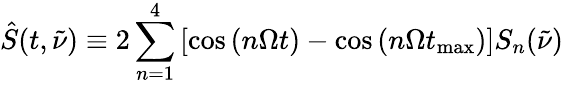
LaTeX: \hat{S}(t,\tilde{\nu})\equiv 2\sum_{n=1}^{4}\left[\cos\left({n\Omega t}\right)-\cos\left({n\Omega t_{\mathrm{max}}}\right)\right]S_{n}(\tilde{\nu})